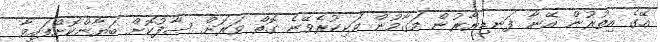
އޭގެ އިތުރުން އޭނާ ފަނޑިޔާރުން މަގާމުން ވަކިކުރެވޭނެ ގޮތް ވަރަށް ސާފުކޮށް ބަޔާންކޮށްފައިވާ